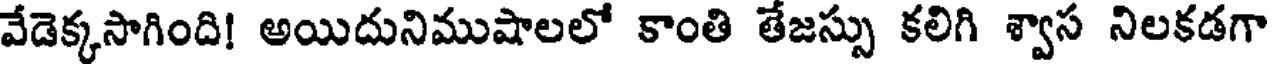
వేడెక్కసాగింది! అయిదునిముషాలలో కాంతి తేజస్సు కలిగి శ్వాస నిలకడగా